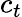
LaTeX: c_{t}